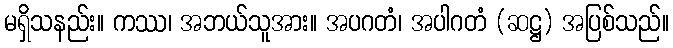
မရှိသနည်း။ ကဿ၊ အဘယ်သူအား။ အပဂတံ၊ အပါဂတံ (ဆဋ္ဌ) အပြစ်သည်။